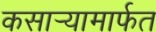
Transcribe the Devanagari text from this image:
कसार्‍यामार्फत